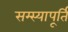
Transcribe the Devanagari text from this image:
सम्स्यापूर्ति